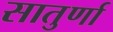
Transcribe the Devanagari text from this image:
सातुर्णा